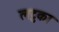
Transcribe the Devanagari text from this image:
लटुका